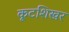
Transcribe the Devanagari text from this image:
कूटशिखर